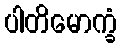
ပါတိမောက္ခံ